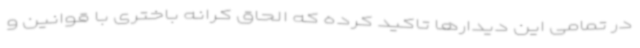
در تمامی این دیدارها تاکید کرده که الحاق کرانه باختری با قوانین و